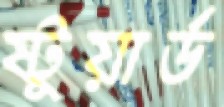
ষ্টুয়ার্ড